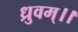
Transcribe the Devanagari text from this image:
ध्रुवम्।।